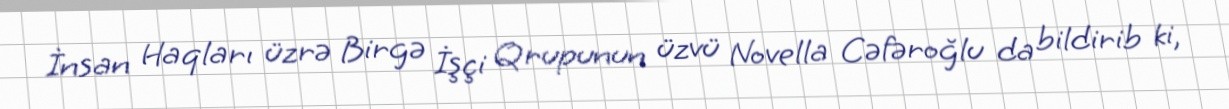
İnsan Haqları üzrə Birgə İşçi Qrupunun üzvü Novella Cəfəroğlu da bildirib ki,